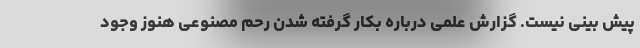
پیش بینی نیست. گزارش علمی درباره بکار گرفته شدن رحم مصنوعی هنوز وجود